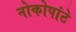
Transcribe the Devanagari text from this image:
नोकोपांटे